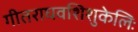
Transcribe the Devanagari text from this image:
गीतराघवशिशुकेलिः